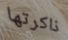
ذاكرتها